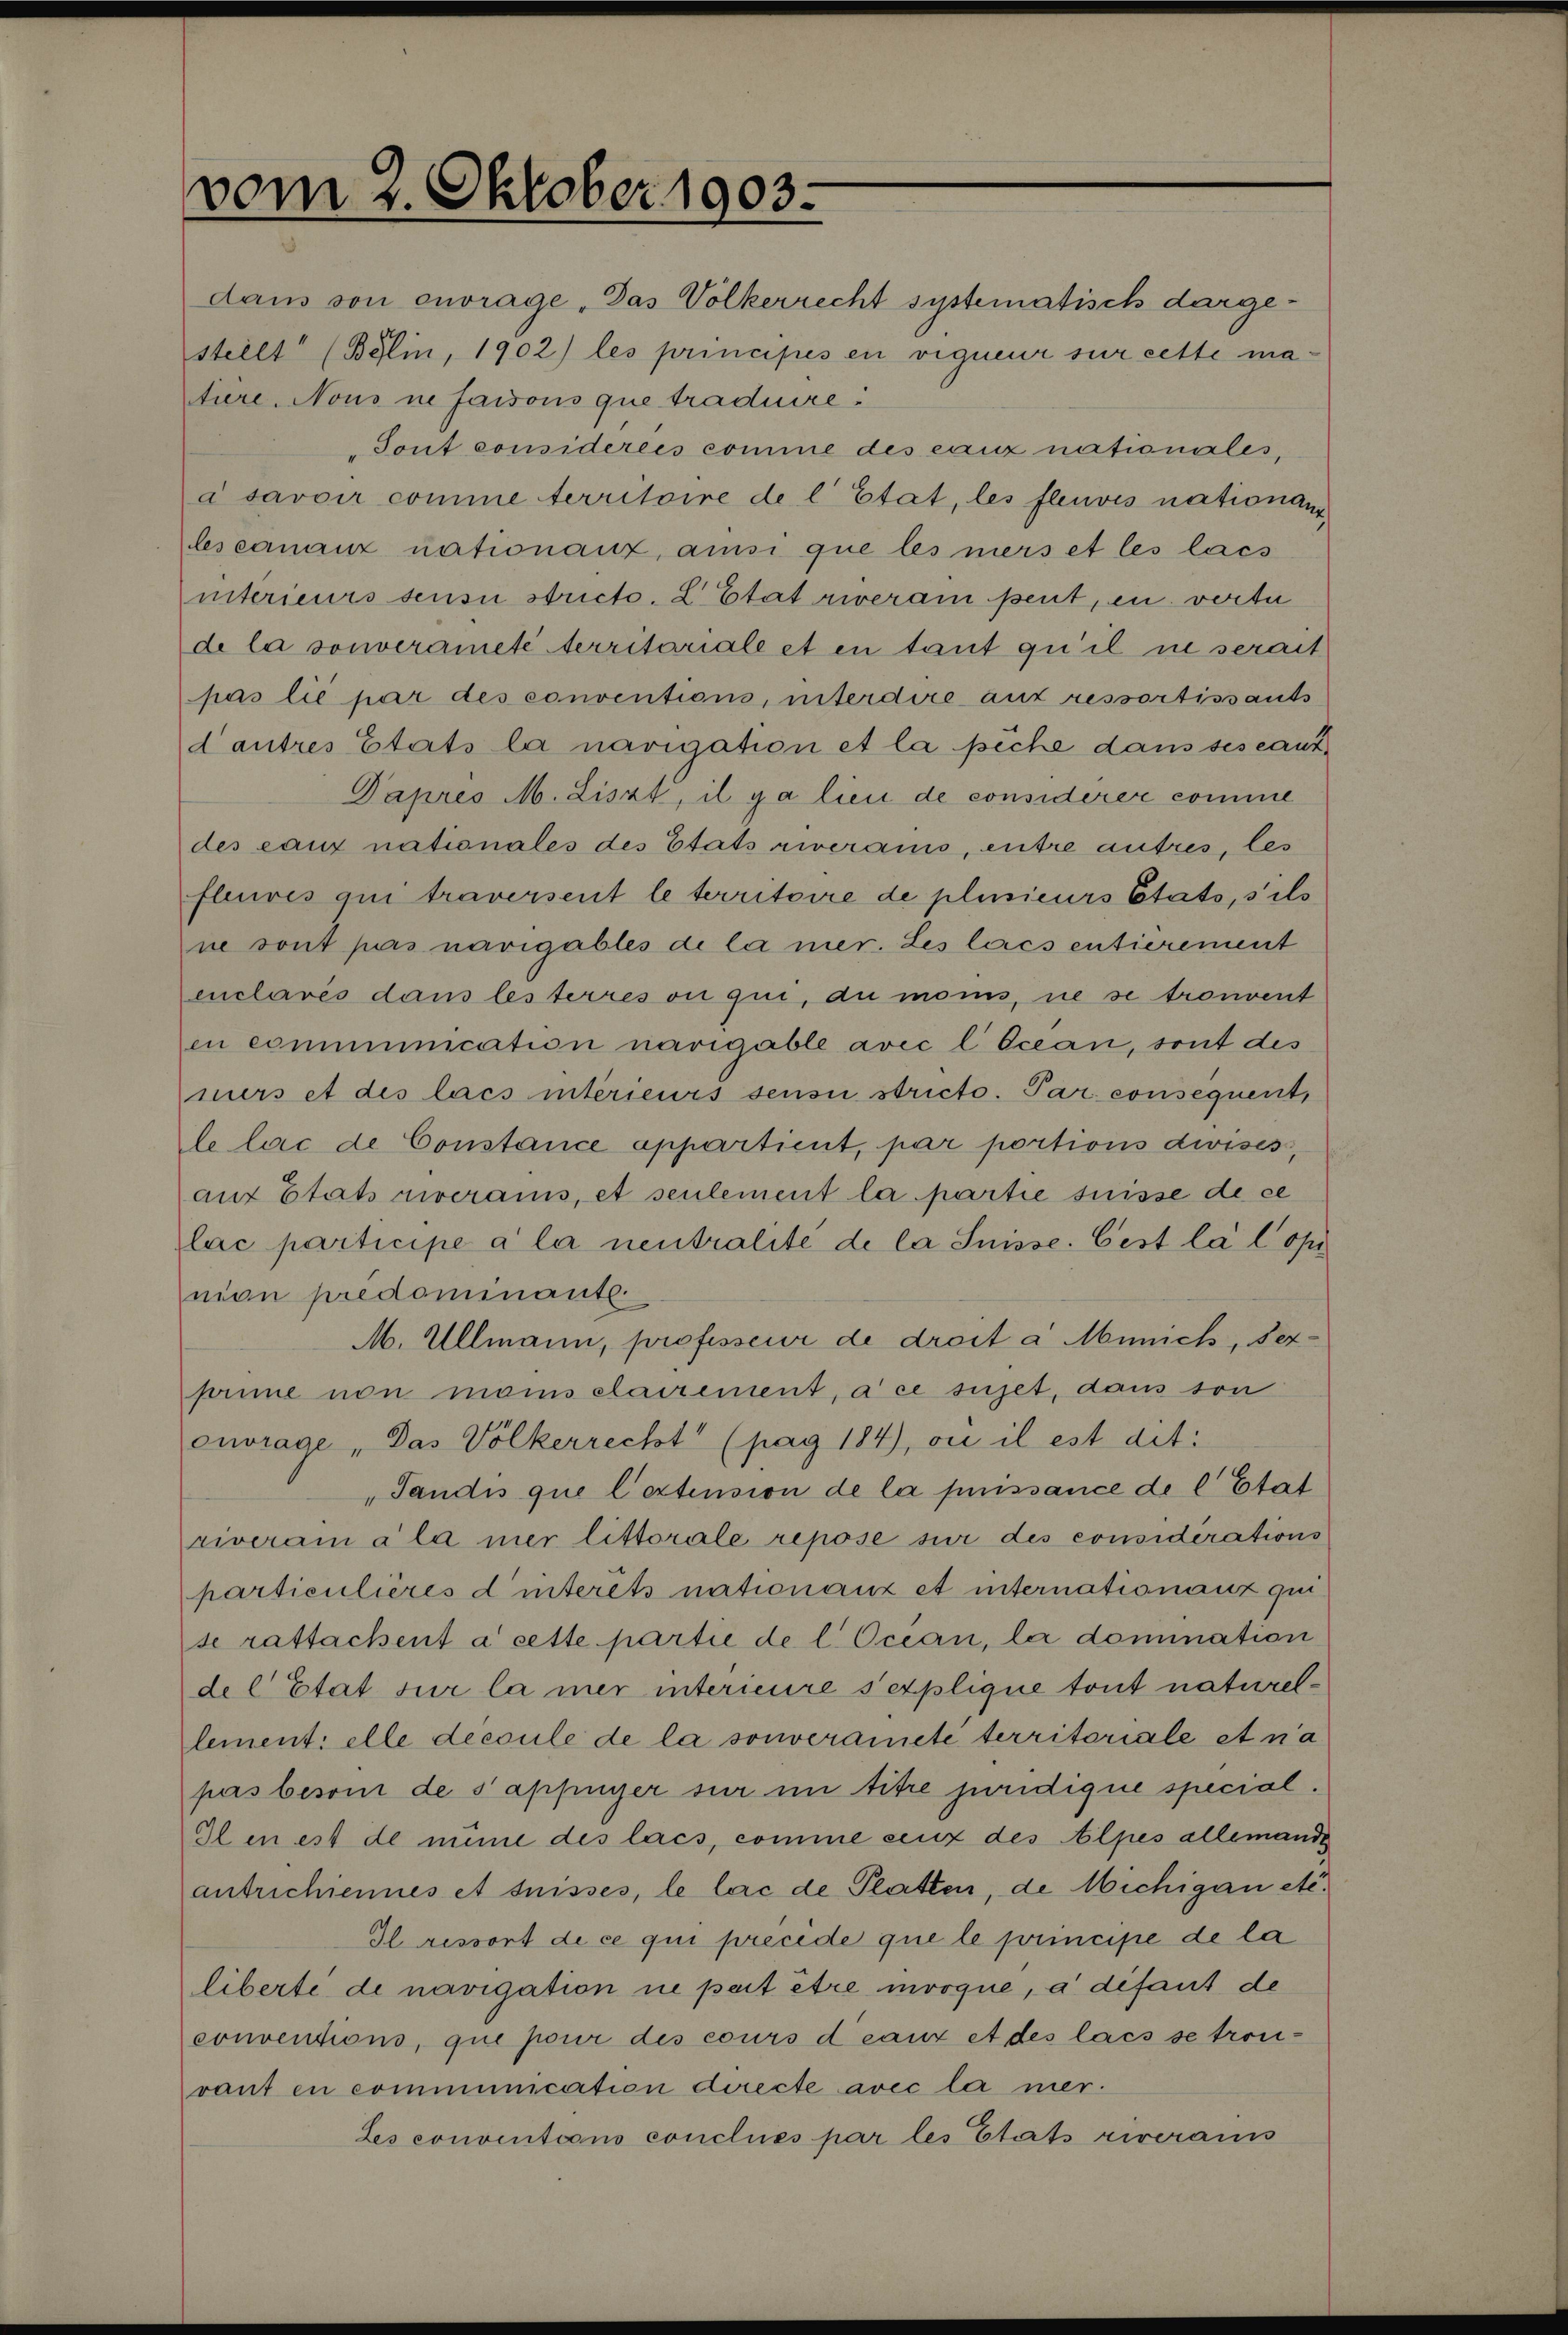
vom 2. Oktober 1903.
dans son ouvrage "Das Völkerrecht systematisch darge¬
stellt" (Berlin, 1902) les principes en vigueur sur cette ma¬
tière. Nous ne faisons que traduire:
"Sont considérées comme des eaux nationales,
à savoir comme territoire de l'Etat, les fleuves nationaux,
les canaux nationaux, ainsi que les mers et les lacs
intérieurs sensu stricto. L'Etat riverain peut, en vertu
de la souveraineté territoriale et en tant qu'il ne serait
pas lié par des conventions, interdire aux ressortissants
d'autres Etats la navigation et la pêche dans ses eaux".
D'après M. Liszt, il y a lieu de considérer comme
des eaux nationales des Etats riverains, entre autres, les
fleuves qui traversent le territoire de plusieurs Etats, s'ils
ne sont pas navigables de la mer. Les lacs entièrement
enclavés dans les terres ou qui, du moins, ne se trouvent
en communication navigable avec l'Océan, sont des
mers et des lacs intérieurs sensu stricto. Par conséquent,
le lac de Constance appartient, par portions divises,
aux Etats riverains, et seulement la partie suisse de ce
lac participe à la neutralité de la Suisse. C'est là l'opi¬
nion prédominante.
M. Ullmann, professeur de droit à Munich, s'ex¬
prime non moins clairement à ce sujet, dans son
ouvrage "Das Völkerrecht" (pag 184), où il est dit:
"Tandis que l'extension de la puissance de l'Etat
riverain à la mer littorale repose sur des considérations
particulières d'interêts nationaux et internationaux qui
se rattachent à cette partie de l'Océan, la domination
de l'Etat sur la mer intérieure s'explique tout naturel¬
lement: elle découle de la souveraineté territoriale et n'a
pas besoin de s'appuyer sur un titre juridique spécial.
Il en est de même des lacs, comme ceux des Alpes allemandes,
autrichiennes et suisses, le lac de Platten, de Michigan etc".
Il ressort de ce qui précède que le principe de la
liberté de navigation ne peut être invoqué, à défaut de
conventions, que pour des cours d'eaux et des lacs se trou¬
vant en communication directe avec la mer.
Les conventions conclues par les Etats riverains